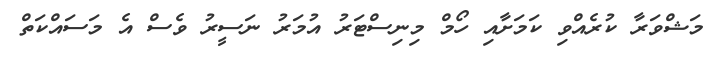
މަޝްވަރާ ކުރެއްވި ކަމަށާއި ހޯމް މިނިސްޓަރު އުމަރު ނަސީރު ވެސް އެ މަސައްކަތް